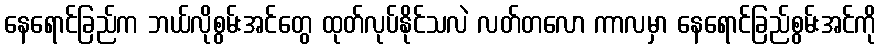
နေရောင်ခြည်က ဘယ်လိုစွမ်းအင်တွေ ထုတ်လုပ်နိုင်သလဲ လတ်တလော ကာလမှာ နေရောင်ခြည်စွမ်းအင်ကို